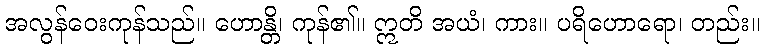
အလွန်ဝေးကုန်သည်။ ဟောန္တိ၊ ကုန်၏။ ဣတိ အယံ၊ ကား။ ပရိဟောရော၊ တည်း။